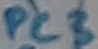
Text: PC3